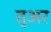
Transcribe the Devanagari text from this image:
तूअर